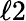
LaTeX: \ell{2}